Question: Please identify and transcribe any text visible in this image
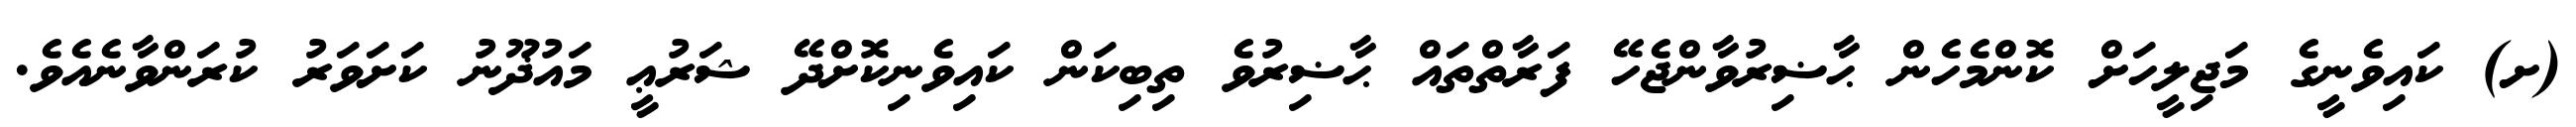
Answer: (ށ) ކައިވެނީގެ މަޖިލީހަށް ކޮންމެހެން ޙާޟިރުވާންޖެހޭ ފަރާތްތައް ޙާޟިރުވެ ތިބިކަން ކައިވެނިކޮށްދޭ ޝަރުޢީ މައުޛޫނު ކަށަވަރު ކުރަންވާނެއެވެ.